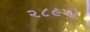
૨૮૯મો